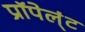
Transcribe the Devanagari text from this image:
प्रॉपेल्ंट